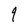
Character: q